Trukikaitis_Postimees, lk 73
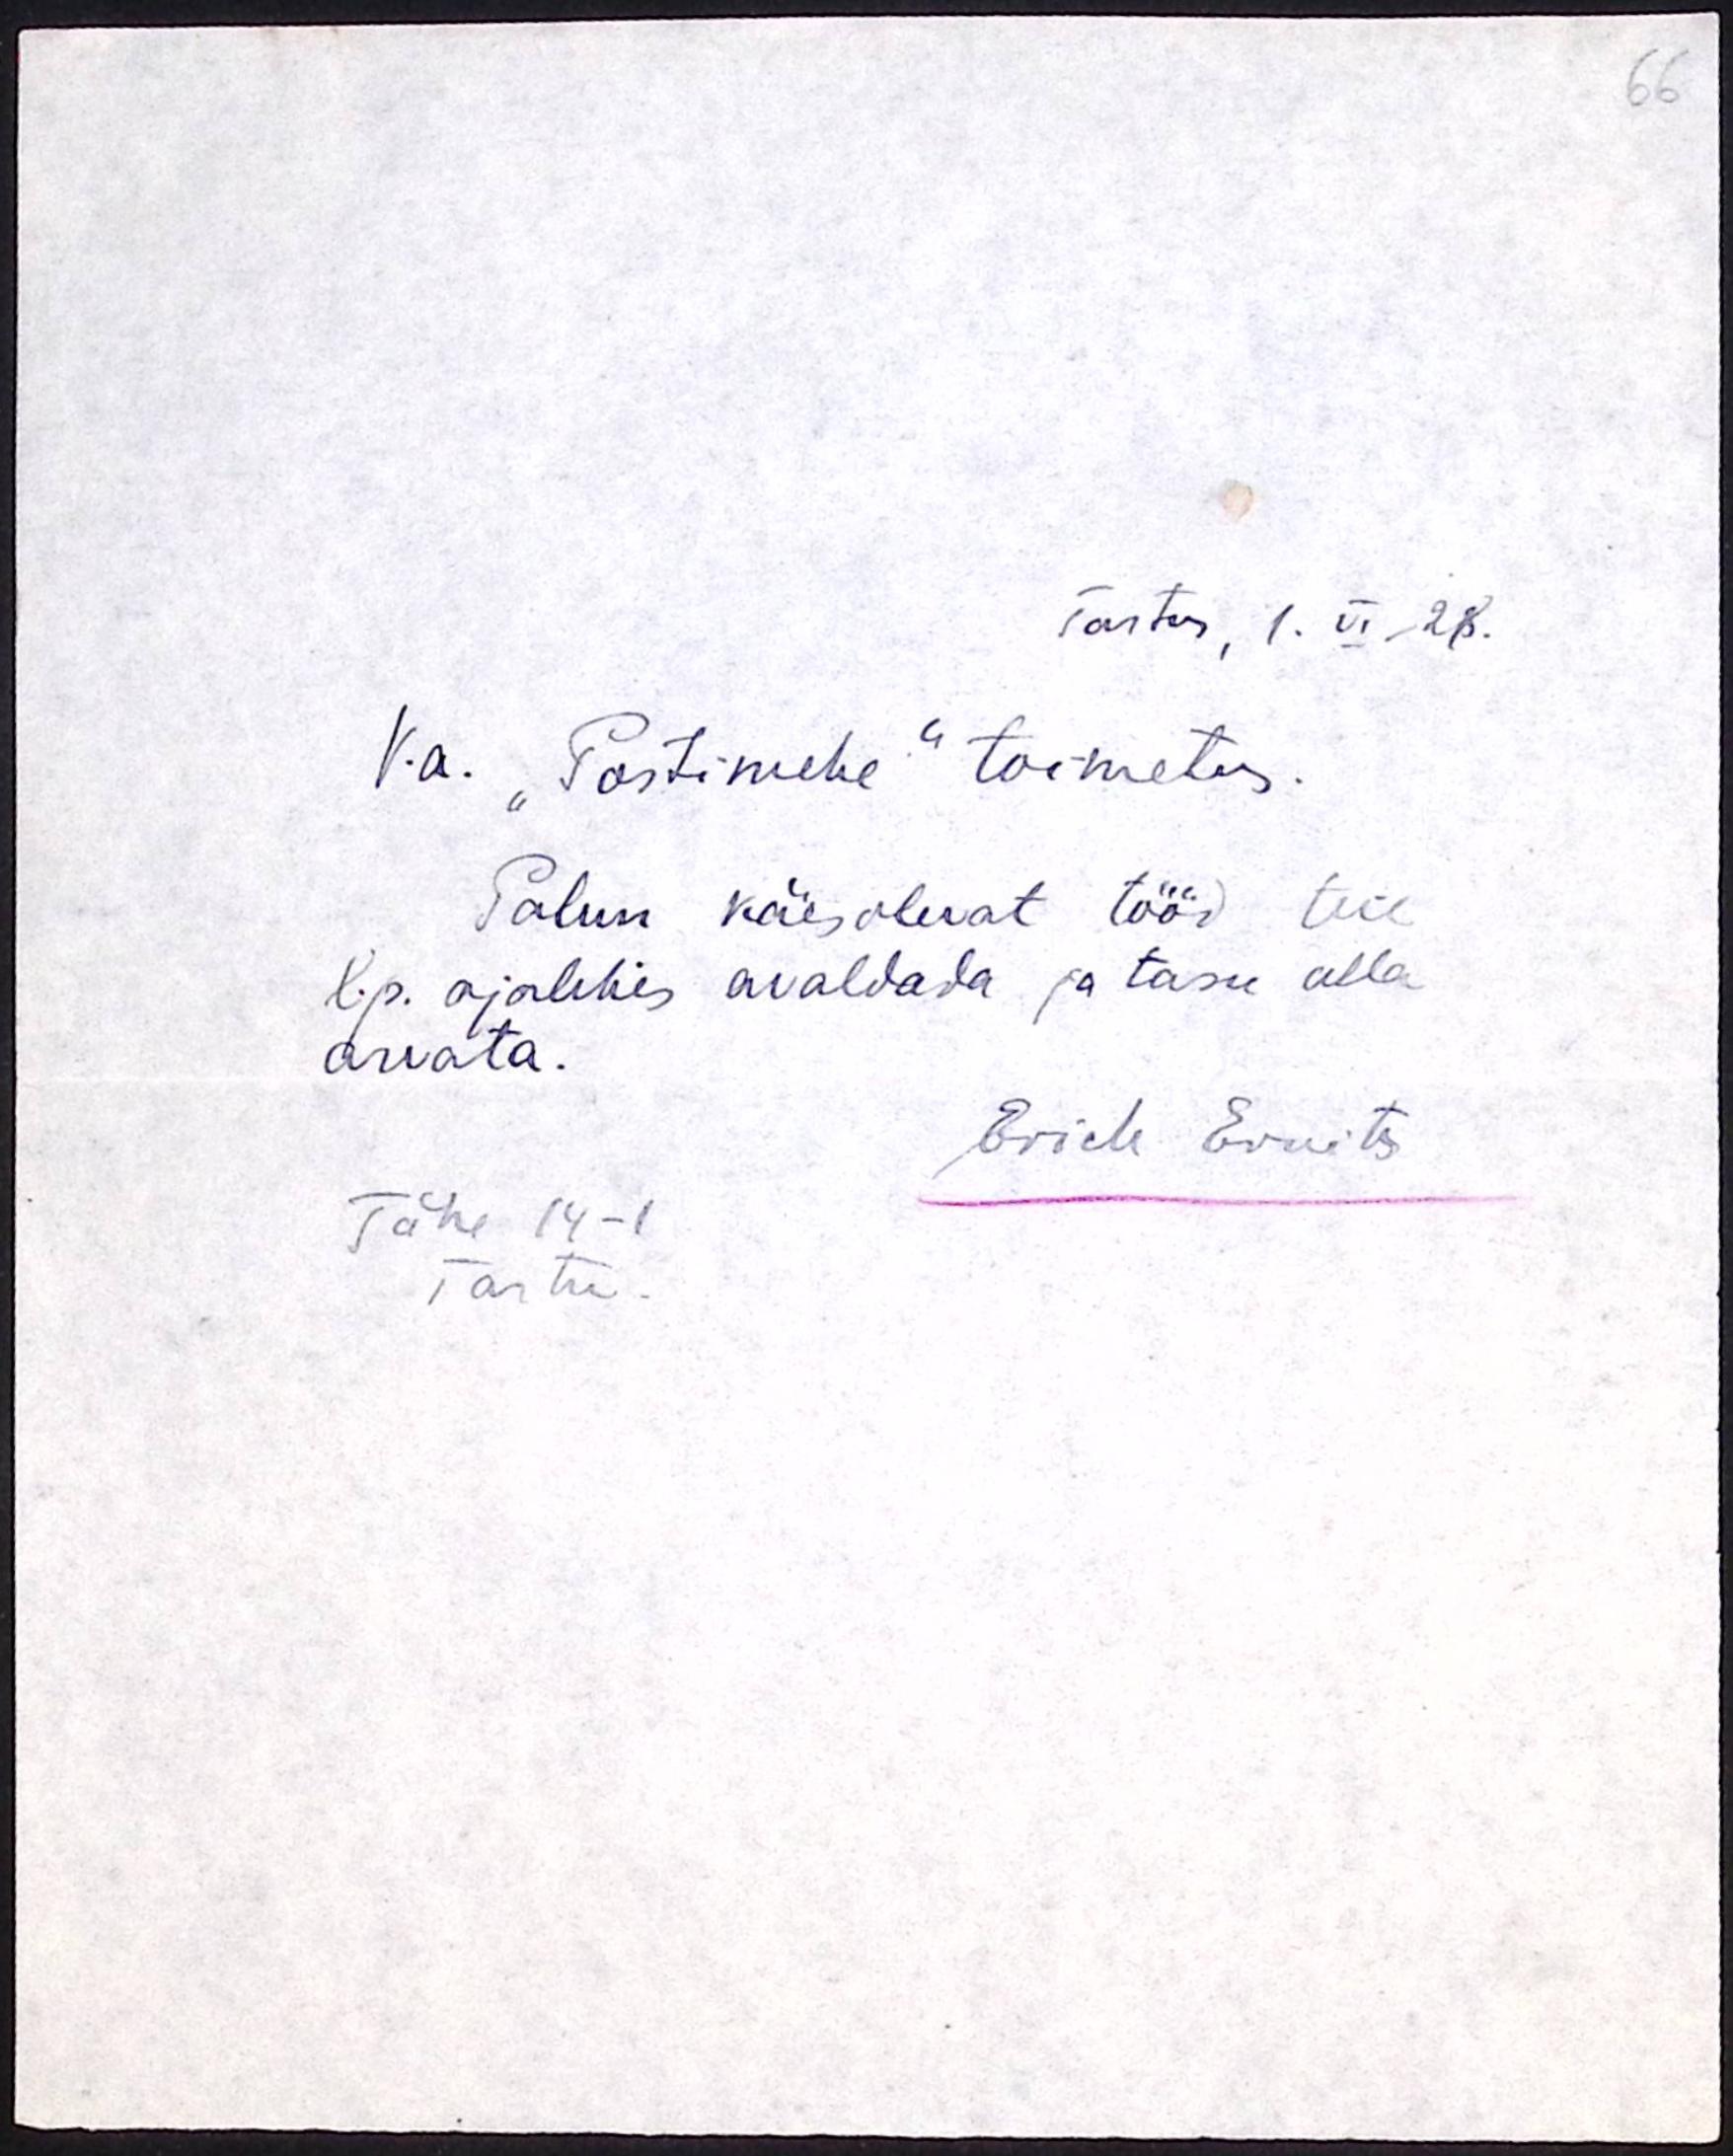
66

Tartus, 1. VI, 28.
V.a. "Postimehe" toimetus.
Palun käesolevat tööd teie
l.p. ajalehes avaldada ja tasu alla
arvata.
Erich Ernits
Tähe 14-1
Tartu.